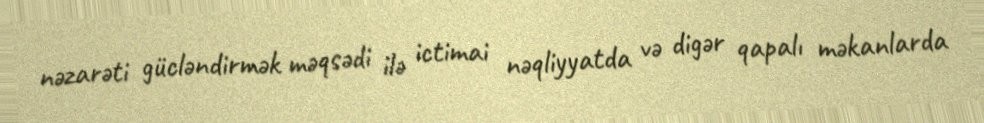
nəzarəti gücləndirmək məqsədi ilə ictimai nəqliyyatda və digər qapalı məkanlarda